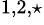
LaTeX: ^{1,2,\star}